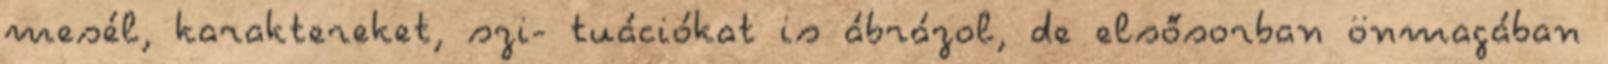
mesél, karaktereket, szi- tuációkat is ábrázol, de elsősorban önmagában